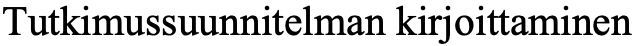
Tutkimussuunnitelman kirjoittaminen